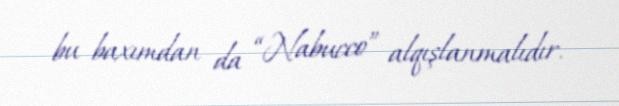
bu baxımdan da “Nabucco” alqışlanmalıdır.